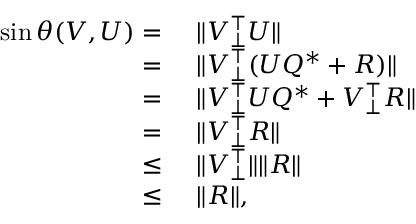
\begin{array} { r l } { \sin \theta ( V , U ) = } & { ~ \| V _ { \bot } ^ { \top } U \| } \\ { = } & { ~ \| V _ { \bot } ^ { \top } ( U Q ^ { * } + R ) \| } \\ { = } & { ~ \| V _ { \bot } ^ { \top } U Q ^ { * } + V _ { \bot } ^ { \top } R \| } \\ { = } & { ~ \| V _ { \bot } ^ { \top } R \| } \\ { \leq } & { ~ \| V _ { \bot } ^ { \top } \| \| R \| } \\ { \leq } & { ~ \| R \| , } \end{array}